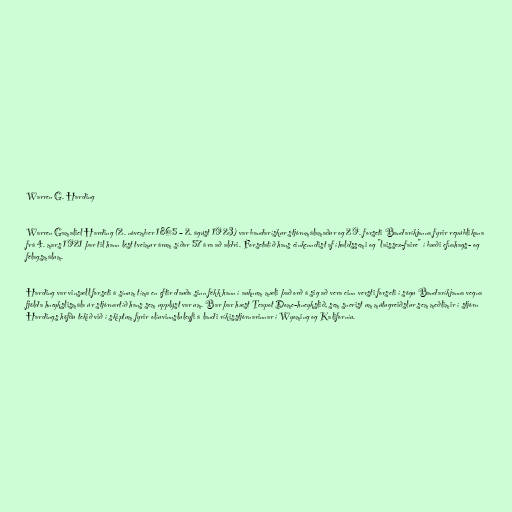
Warren G. Harding

Warren Gamaliel Harding (2. nóvember 1865 – 2. ágúst 1923) var bandarískur stjórnmálamaður og 29. forseti Bandaríkjanna fyrir repúblikana
frá 4. mars 1921 þar til hann lést tveimur árum síðar 57 ára að aldri. Forsetatíð hans einkenndist af íhaldssemi og "laissez-faire" í bæði efnahags- og
félagsmálum.

Harding var vinsæll forseti á sínum tíma en eftir dauða sinn fékk hann í auknum mæli það orð á sig að vera einn versti forseti í sögu Bandaríkjanna vegna
fjölda hneykslismála úr stjórnartíð hans sem upplýst var um. Bar þar hæst Teapot Dome-hneykslið, sem snerist um mútugreiðslur sem meðlimir í stjórn
Hardings höfðu tekið við í skiptum fyrir olíuvinnsluleyfi á landi ríkisstjórnarinnar í Wyoming og Kaliforníu.